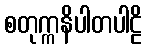
စတုက္ကနိပါတပါဠိ